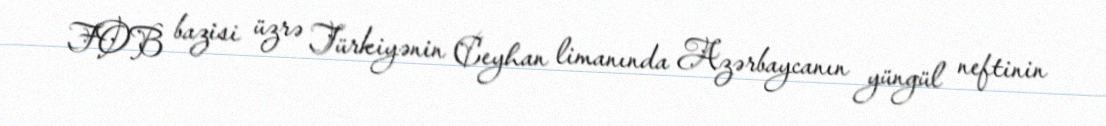
FOB bazisi üzrə Türkiyənin Ceyhan limanında Azərbaycanın yüngül neftinin